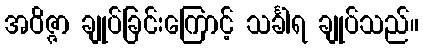
အဝိဇ္ဇာ ချုပ်ခြင်းကြောင့် သင်္ခါရ ချုပ်သည်။